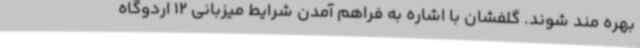
بهره مند شوند. گلفشان با اشاره به فراهم آمدن شرایط میزبانی 12 اردوگاه